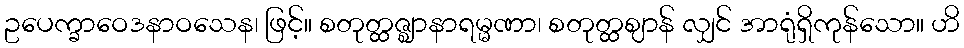
ဥပေက္ခာဝေဒနာဝသေန၊ ဖြင့်။ စတုတ္ထဇ္ဈာနာရမ္မဏာ၊ စတုတ္ထဈာန် လျှင် အာရုံရှိကုန်သော။ ဟိ